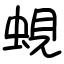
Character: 蜆